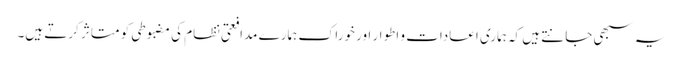
یہ سبھی جانتے ہیں کہ ہماری اعادات و اطوار اور خوراک ہمارے مدافعتی نظام کی مضبوطی کو متاثر کرتے ہیں۔